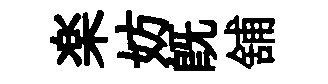
楽妨旣舖